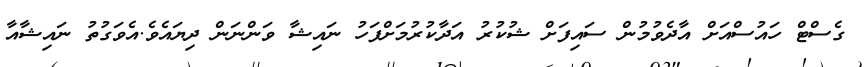
ގެސްޓް ހައުސްއަށް އާދެވުމުން ސައިފަށް ޝުކުރު އަދާކުރުމަށްފަހު ނައިޝާ ވަންނަން ދިޔައެެވެ.އެވަގުތު ނައިޝާއާ